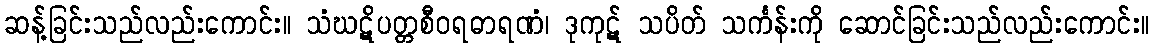
ဆန့်ခြင်းသည်လည်းကောင်း။ သံဃဋိပတ္တစီဝရဓာရဏံ၊ ဒုကုဋ် သပိတ် သင်္ကန်းကို ဆောင်ခြင်းသည်လည်းကောင်း။